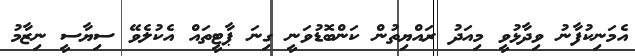
އެމަނިކުފާނު ވިދާޅުވީ މިއަދު ރައްޔިތުން ކަންބޮޑުވަނީ ގިނަ ޕާޓީތައް އެކުލެވޭ ސިޔާސީ ނިޒާމު